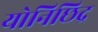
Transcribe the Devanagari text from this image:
योनिछिद्र